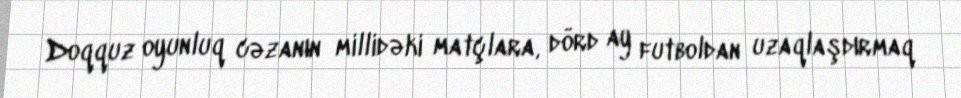
Doqquz oyunluq cəzanın millidəki matçlara, dörd ay futboldan uzaqlaşdırmaq